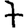
Digit: 7